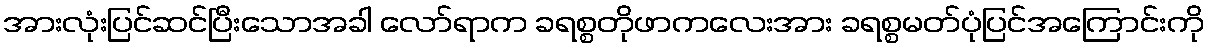
အားလုံးပြင်ဆင်ပြီးသောအခါ လော်ရာက ခရစ္စတိုဖာကလေးအား ခရစ္စမတ်ပုံပြင်အကြောင်းကို